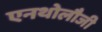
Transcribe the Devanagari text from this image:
एनथोलौजी